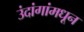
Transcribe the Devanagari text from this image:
उंदांगांमधून